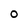
Character: O